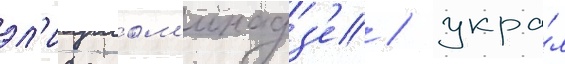
эл'исо лом'инадз'е / укра́л